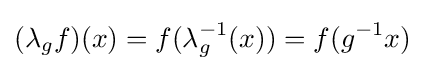
(\lambda _{g}f)(x)=f(\lambda _{g}^{-1}(x))=f({g}^{-1}x)